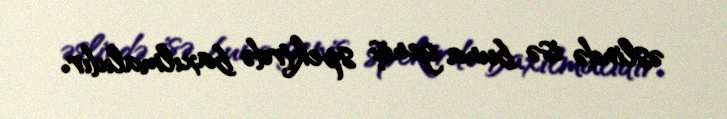
əslində isə buna geniş spektrdə baxılmalıdır.